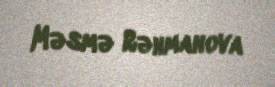
Məsmə Rəhmanova